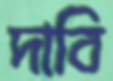
দাবি